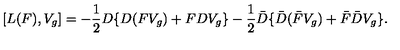
[ L ( F ) , V _ { g } ] = - \frac { 1 } { 2 } D \{ D ( F V _ { g } ) + F D V _ { g } \} - \frac { 1 } { 2 } \bar { D } \{ \bar { D } ( \bar { F } V _ { g } ) + \bar { F } \bar { D } V _ { g } \} .